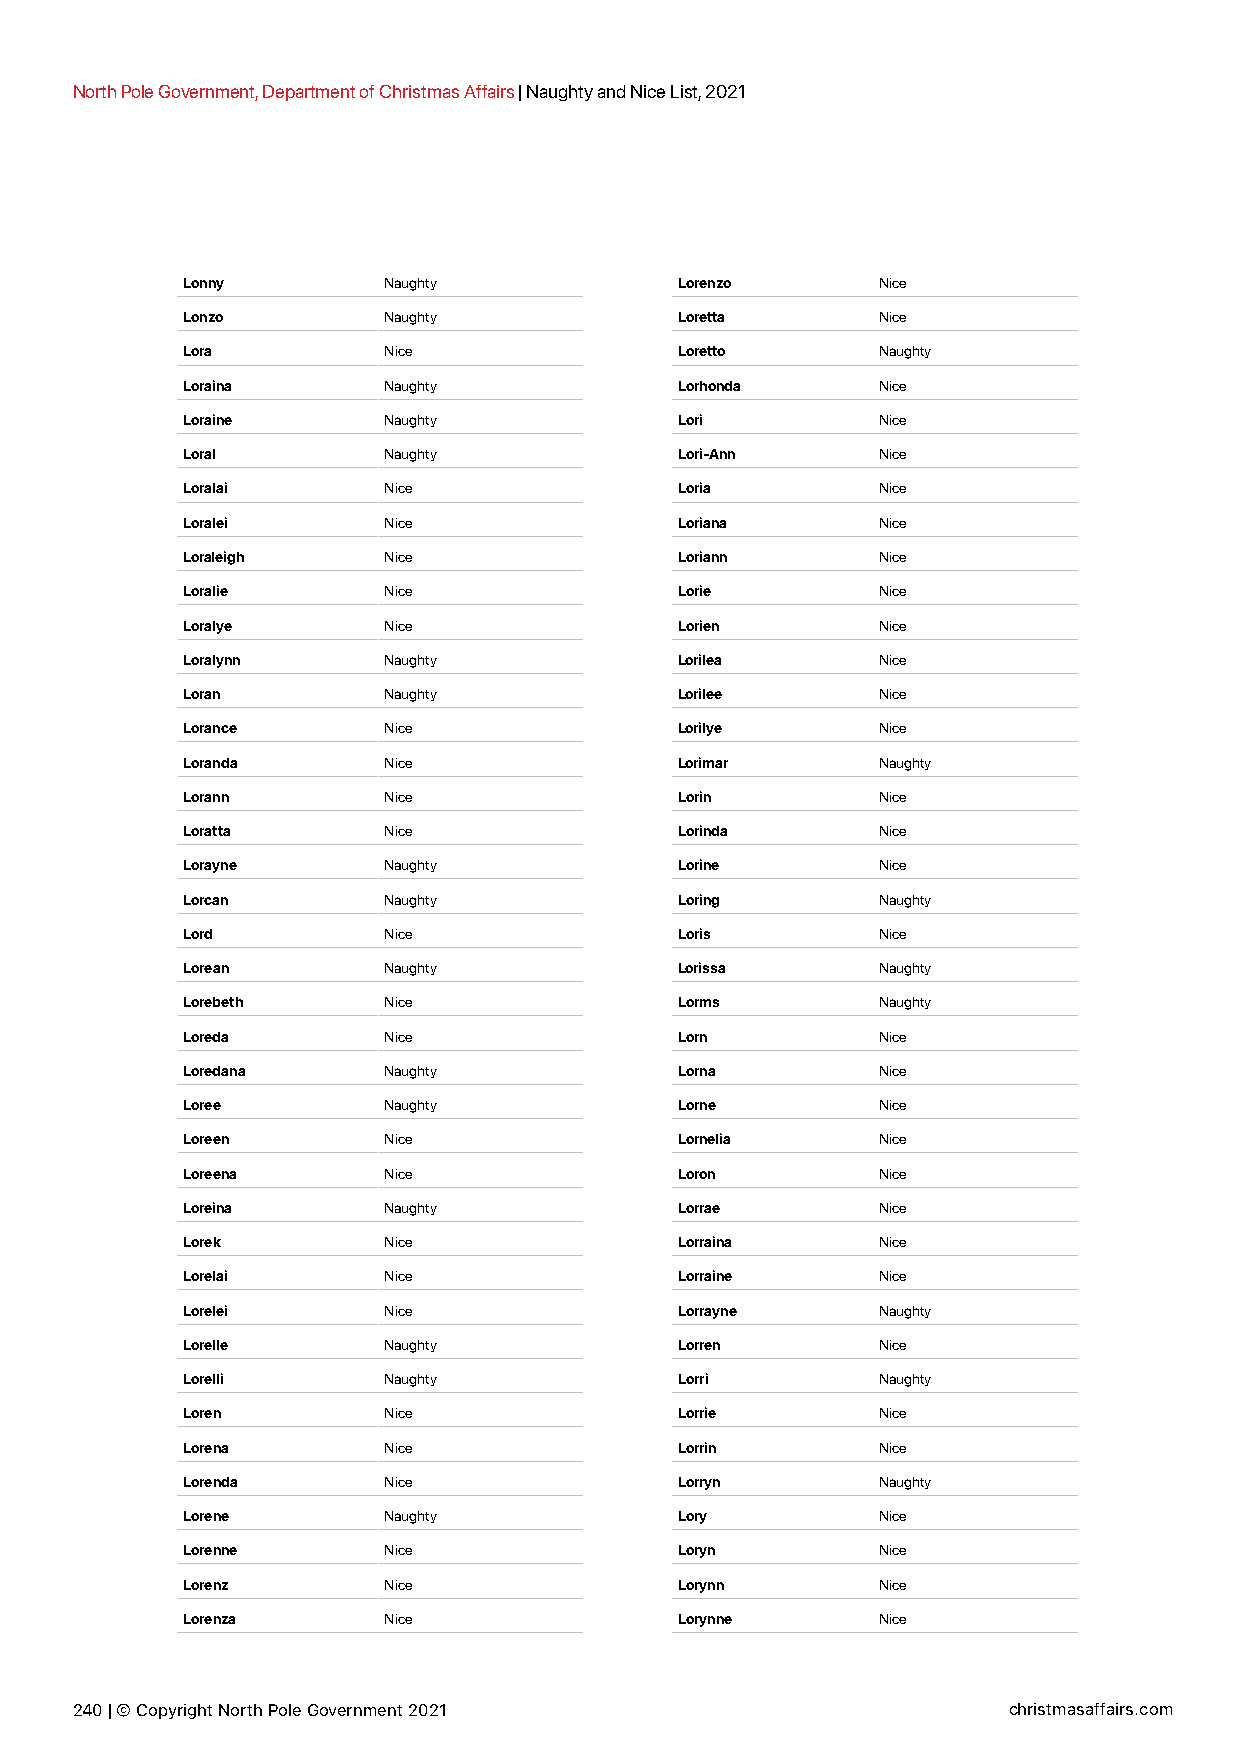
North Pole Government, Department of Christmas Affairs | Naughty and Nice List, 2021
 Lonny        Naughty             Lorenzo      Nice
 Lonzo        Naughty             Loretta      Nice
 Lora         Nice                Loretto      Naughty
 Loraina      Naughty             Lorhonda     Nice
 Loraine      Naughty             Lori         Nice
 Loral        Naughty             Lori-Ann     Nice
 Loralai      Nice                Loria        Nice
 Loralei      Nice                Loriana      Nice
 Loraleigh    Nice                Loriann      Nice
 Loralie      Nice                Lorie        Nice
 Loralye      Nice                Lorien       Nice
 Loralynn     Naughty             Lorilea      Nice
 Loran        Naughty             Lorilee      Nice
 Lorance      Nice                Lorilye      Nice
 Loranda      Nice                Lorimar      Naughty
 Lorann       Nice                Lorin        Nice
 Loratta      Nice                Lorinda      Nice
 Lorayne      Naughty             Lorine       Nice
 Lorcan       Naughty             Loring       Naughty
 Lord         Nice                Loris        Nice
 Lorean       Naughty             Lorissa      Naughty
 Lorebeth     Nice                Lorms        Naughty
 Loreda       Nice                Lorn         Nice
 Loredana     Naughty             Lorna        Nice
 Loree        Naughty             Lorne        Nice
 Loreen       Nice                Lornelia     Nice
 Loreena      Nice                Loron        Nice
 Loreina      Naughty             Lorrae       Nice
 Lorek        Nice                Lorraina     Nice
 Lorelai      Nice                Lorraine     Nice
 Lorelei      Nice                Lorrayne     Naughty
 Lorelle      Naughty             Lorren       Nice
 Lorelli      Naughty             Lorri        Naughty
 Loren        Nice                Lorrie       Nice
 Lorena       Nice                Lorrin       Nice
 Lorenda      Nice                Lorryn       Naughty
 Lorene       Naughty             Lory         Nice
 Lorenne      Nice                Loryn        Nice
 Lorenz       Nice                Lorynn       Nice
 Lorenza      Nice                Lorynne      Nice
 240 | © Copyright North Pole Government 2021                  christmasaffairs.com